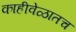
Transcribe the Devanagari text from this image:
काहीवेळातच